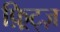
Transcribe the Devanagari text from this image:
फ़्रिट्ज़